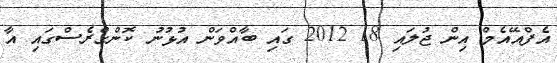
އެފްއޭއެމް އިން ޖުލައި 18 2012 ގައި ބާއްވަން އުޅުނު ކޮންގްރެސްގައި އާ